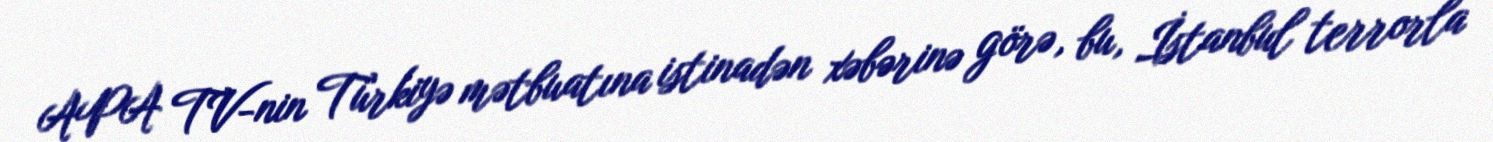
APA TV-nin Türkiyə mətbuatına istinadən xəbərinə görə, bu, İstanbul terrorla